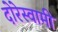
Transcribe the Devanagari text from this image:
दोरेस्वामी